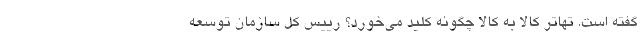
گفته است. تهاتر کالا به کالا چگونه کلید می‌خورد؟ رییس کل سازمان توسعه